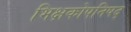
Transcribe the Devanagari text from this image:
भिक्षकोपनिषद्